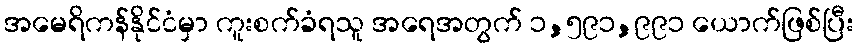
အမေရိကန်နိုင်ငံမှာ ကူးစက်ခံရသူ အရေအတွက် ၁,၅၉၁,၉၉၁ ယောက်ဖြစ်ပြီး